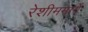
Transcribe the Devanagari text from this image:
रेशीममार्गे